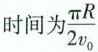
时间为 \frac{π R}{2v_{0}}